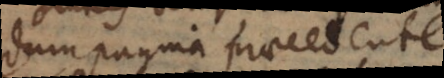
dum pagina praecedente